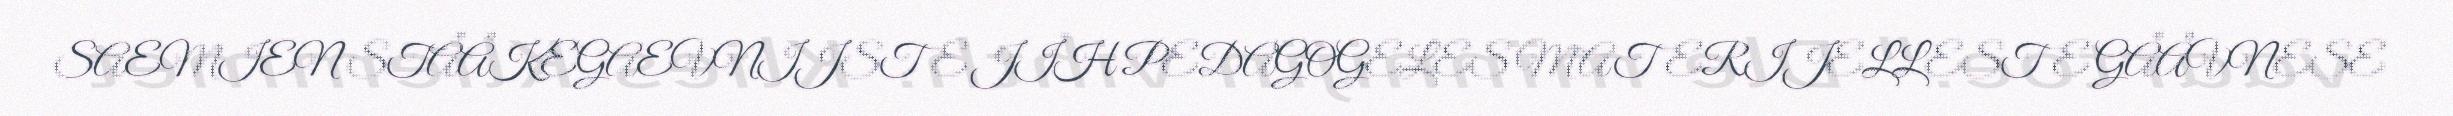
SAEMIEN STÅÅKEGAEVNIJSTE JÏH PEDAGOGELES MATERIJELLESTE GÅÅVNESE